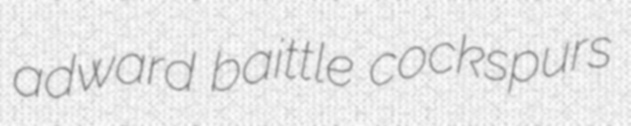
adward baittle cockspurs